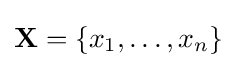
\mathbf {X} =\left\lbrace x_{1},\dots ,x_{n}\right\rbrace